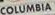
COLUMBIA